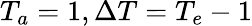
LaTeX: {T_{a}}=1,{\Delta T}={T_{e}}-1